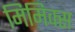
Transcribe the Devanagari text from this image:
मिमिक्स